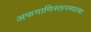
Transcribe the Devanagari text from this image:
अफगाणिस्तानमधल्या